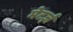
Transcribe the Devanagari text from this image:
मेटर्ज़